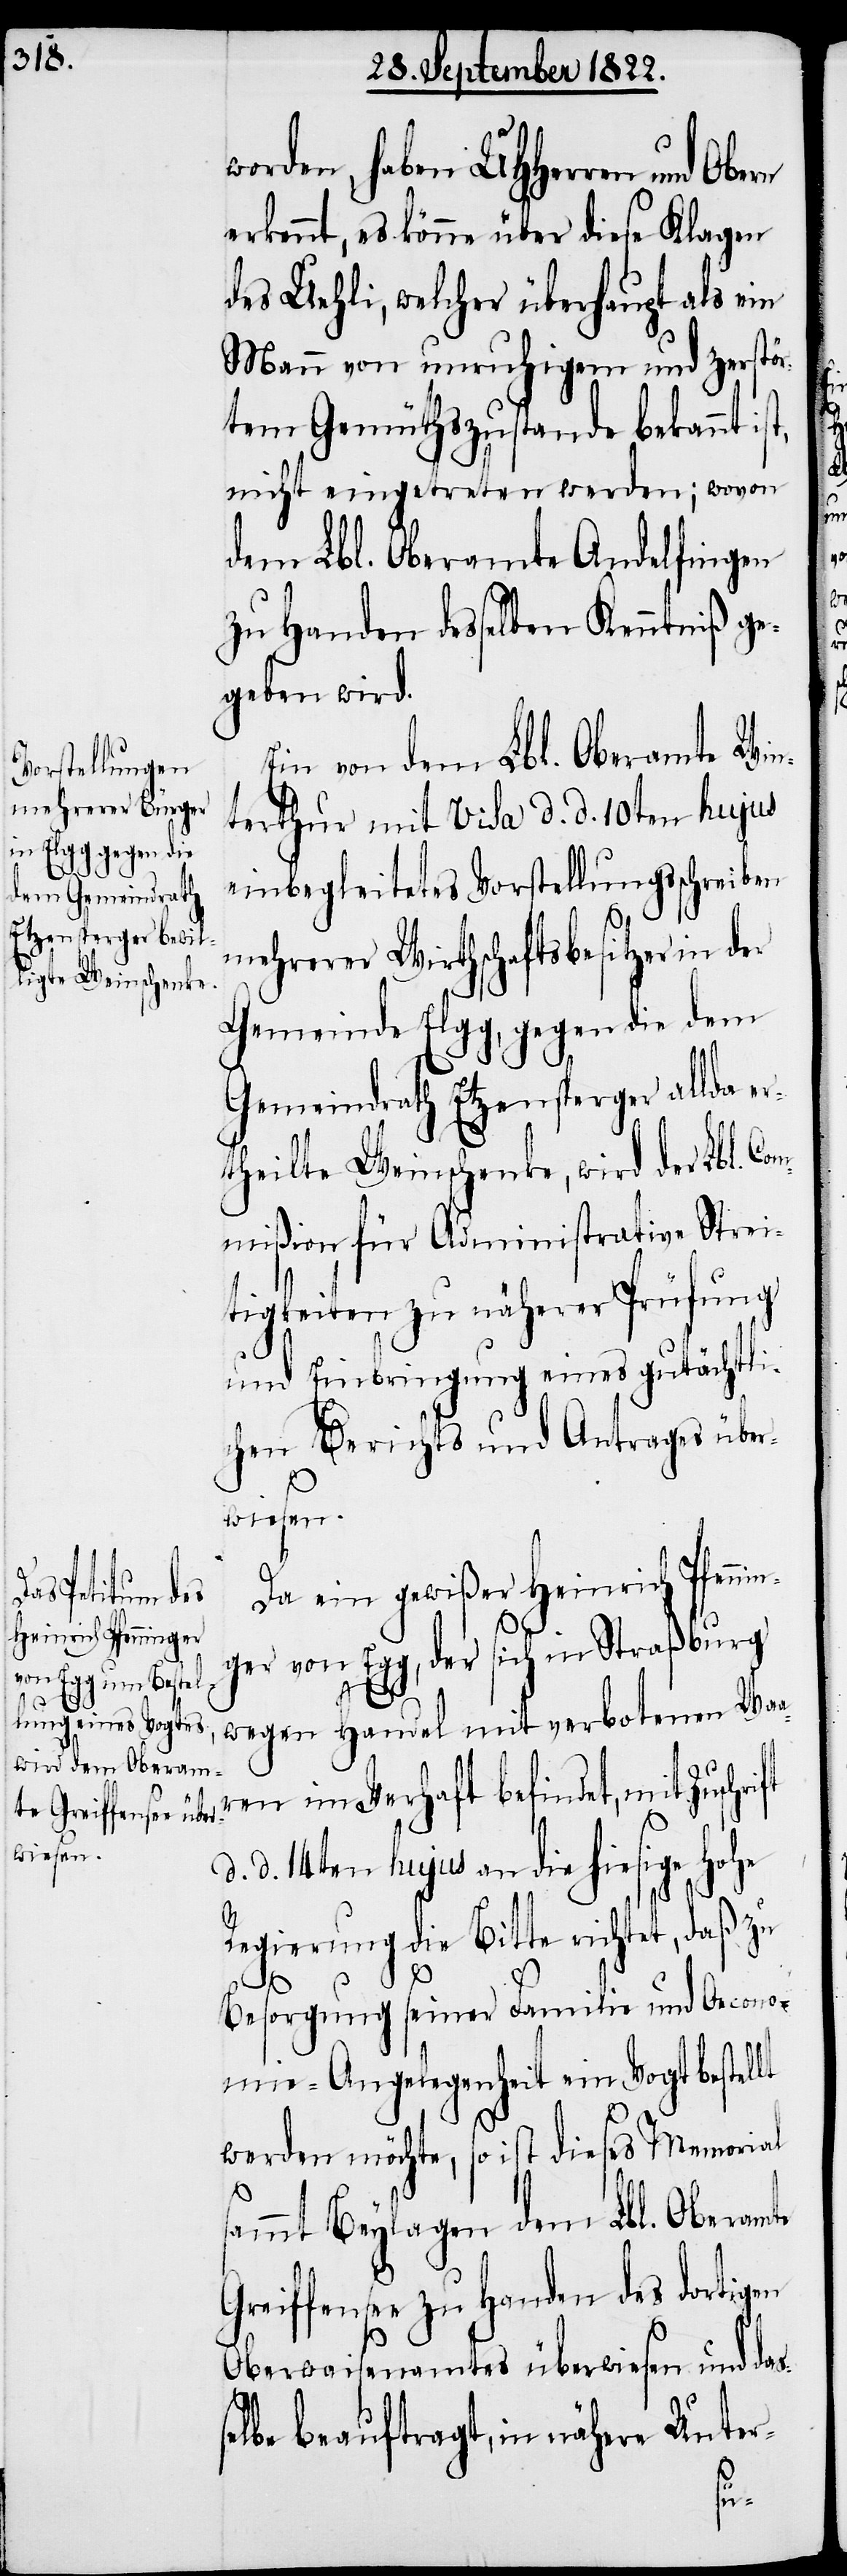
e Greiffense¬

worden, haben UHHerrn und Obern
erkennt, es könne über diese Klagen
des Uehli, welcher überhaupt als ein
Mann von unruhigem und zerstör¬
tem Gemüthszustande bekannt
nicht eingetreten werden; wovon
dem Lbl. Oberamte Andelfingen
zu Handen desselben Kenntniß ge¬
geben wird.
Ein von dem Lbl. Oberamte Win¬
terthur mit Visa d. d. 10ten hujus
einbegleitetes Vorstellungsschreiben
mehrerer Wirthschaftsbesitzer in der
Gemeinde Elgg, gegen die dem
Gemeindrath Etzensperger allda er¬
theilte Weinschenke, wird der Lbl. Co¬
mmißion für Administrative Strei¬
tigkeiten zu näherer Prüfung
und Einbringung eines gutächtli¬
chen Berichts und Antrages über¬
wiesen.
Da ein gewißer Heinrich Pfenni¬
nger von Egg, der sich in Straßburg
wegen Handel mit verbotenen Waa¬
ren in Verhaft befindet, mit
d. 14ten hujus an die hiesige Hohe
Regierung die Bitte richtet, daß
s¬
Besorgung seiner Familie und Oecono¬
mie-Angelegenheit ein Vogt bestellt
werden möchte, so ist dieses Memorial
ammt Beylagen dem Lbl. Oberamt¬
e zu Handen des dortigen
Oberwaisenamtes überwiesen und das¬
selbe beauftragt, in nähere Unter-